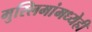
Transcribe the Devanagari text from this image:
मुस्लिमांमध्येही